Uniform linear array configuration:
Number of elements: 24
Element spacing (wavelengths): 0.25
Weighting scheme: hamming
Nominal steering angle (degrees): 30
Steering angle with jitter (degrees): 28.146
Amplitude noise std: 0.05
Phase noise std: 0.05

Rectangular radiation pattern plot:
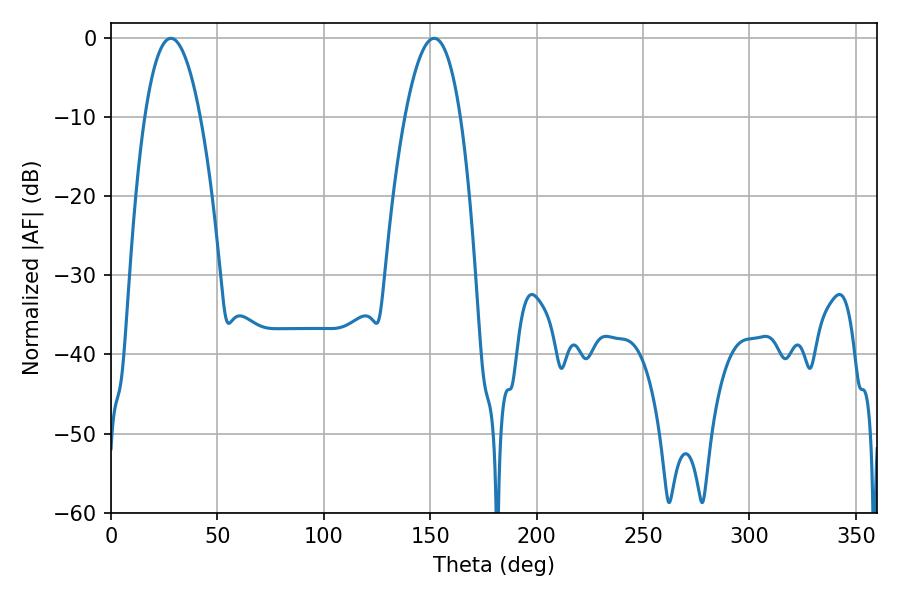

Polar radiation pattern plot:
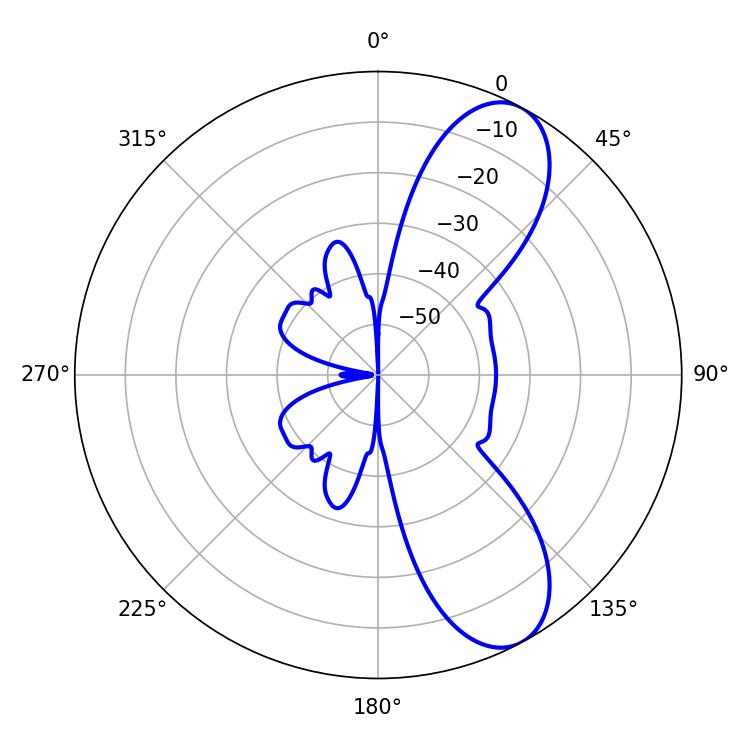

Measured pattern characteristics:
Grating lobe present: FALSE
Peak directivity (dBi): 8.925
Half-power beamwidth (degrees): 14.4
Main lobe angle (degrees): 28.08